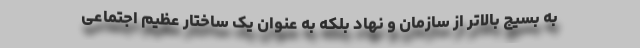
به بسیج بالاتر از سازمان و نهاد بلکه به عنوان یک ساختار عظیم اجتماعی